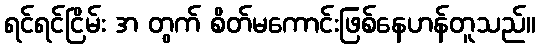
ရင်ရင်ငြိမ်း အ တွက် စိတ်မကောင်းဖြစ်နေဟန်တူသည်။